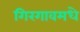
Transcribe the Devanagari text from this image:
गिरगावमधे